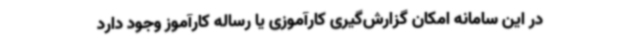
در این سامانه امکان گزارش‌گیری کارآموزی یا رساله کارآموز وجود دارد